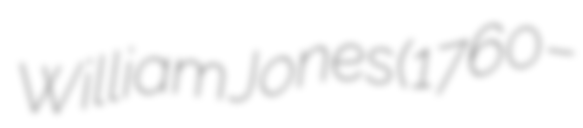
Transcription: William Jones (1760 –